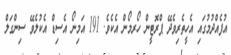
އުފެއްދުމުގައި އެހީތެރިވެދޭ ޕްރޮޓީން ހޯރމޯން އެކެވެ. 191 އަމިނޯ އެސިޑް އެކުލެވޭ ސިންގަލް